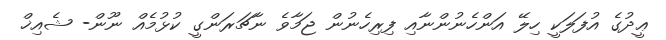
ޢީދުގެ އުފަލަކީ ހިލޭ އަންހެނުންނާއި ފިރިހެނުން ޖަމާވެ ނާޗަރަންގީ ކުޅުމެއް ނޫން- ޝެއިޚް